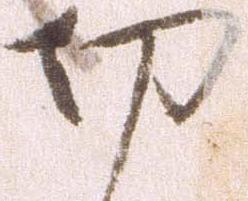
切